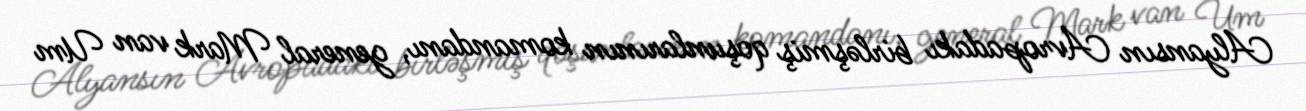
Alyansın Avropadakı birləşmiş qoşunlarının komandanı, general Mark van Um